Malaria in the Punjab - Number 46
Disease focus: Malaria
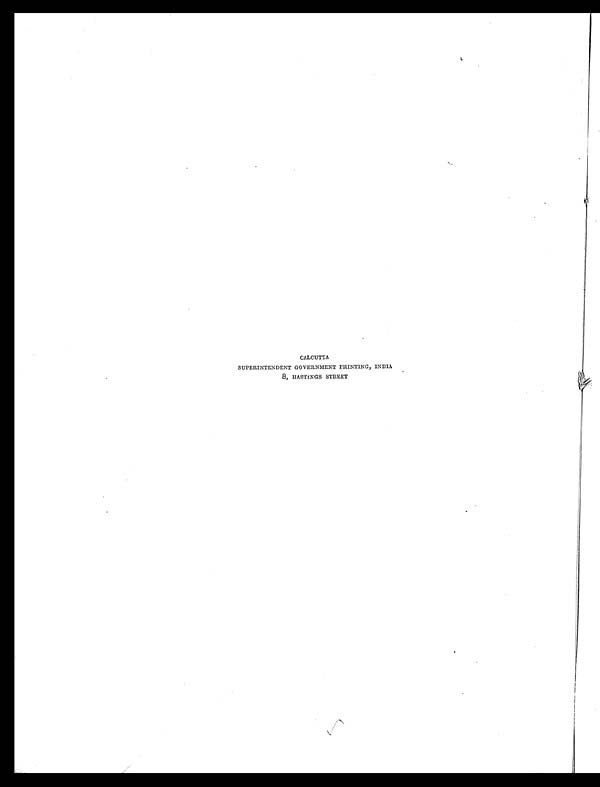
CALCUTTA
SUPERINTENDENT GOVERNMENT PRINTING, INDIA
8, HASTINGS STREET